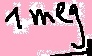
Text: 1meg